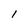
Character: I